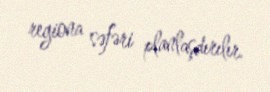
regiona səfəri planlaşdırılır.